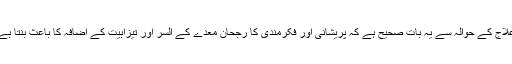
علاج کے حوالہ سے یہ بات صحیح ہے کہ پریشانی اور فکرمندی کا رجحان معدے کے السر اور تیزابیت کے اضافہ کا باعث بنتا ہے۔